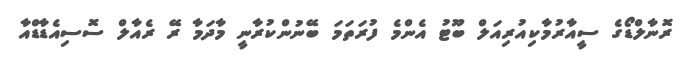
ރޮނާލްޑޯގެ ސީއާރުމާކިއުރިއަލް ބޫޓު އެންމެ ފުރަތަމަ ބޭނުންކުރާނީ މާދަމާ ރޭ ރެއާލް ސޮސިއެޑާޑްއާ